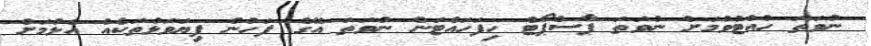
ނުވަތަ ހުއްޓުވުމަށް ނުވަތަ ޕާސްޕޯޓް ހިފަހައްޓަން ނުވަތަ އޭގެ ފަހުން ފިޔަވަޅުތަކެއް އެޅުމަށް